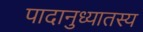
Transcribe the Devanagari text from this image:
पादानुध्यातस्य